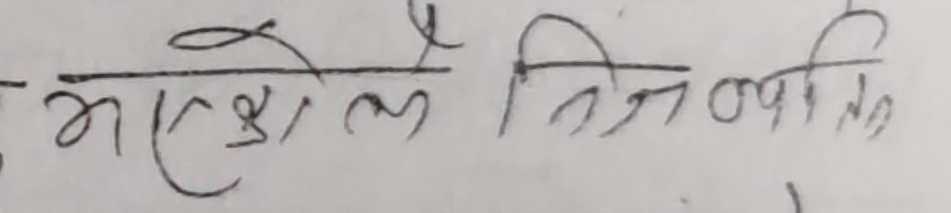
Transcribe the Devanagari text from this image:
भएशले निम्नाषित्त